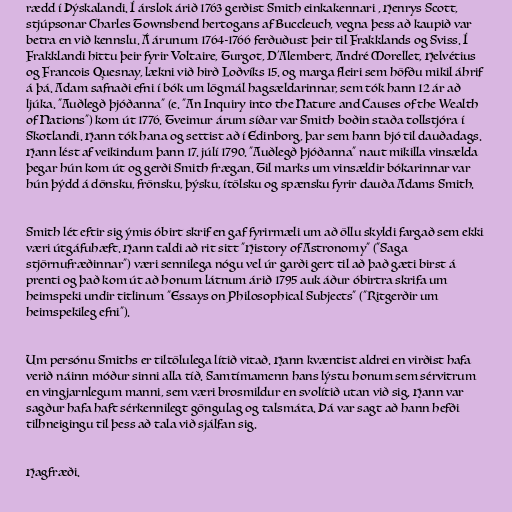
rædd í Þýskalandi. Í árslok árið 1763 gerðist Smith einkakennari , Henrys Scott,
stjúpsonar Charles Townshend hertogans af Buccleuch, vegna þess að kaupið var
betra en við kennslu. Á árunum 1764-1766 ferðuðust þeir til Frakklands og Sviss. Í
Frakklandi hittu þeir fyrir Voltaire, Turgot, D'Alembert, André Morellet, Helvétius
og Francois Quesnay, lækni við hirð Loðvíks 15. og marga fleiri sem höfðu mikil áhrif
á þá. Adam safnaði efni í bók um lögmál hagsældarinnar, sem tók hann 12 ár að
ljúka. "Auðlegð þjóðanna" (e. "An Inquiry into the Nature and Causes of the Wealth
of Nations") kom út 1776. Tveimur árum síðar var Smith boðin staða tollstjóra í
Skotlandi. Hann tók hana og settist að í Edinborg, þar sem hann bjó til dauðadags.
Hann lést af veikindum þann 17. júlí 1790. "Auðlegð þjóðanna" naut mikilla vinsælda
þegar hún kom út og gerði Smith frægan. Til marks um vinsældir bókarinnar var
hún þýdd á dönsku, frönsku, þýsku, ítölsku og spænsku fyrir dauða Adams Smith.

Smith lét eftir sig ýmis óbirt skrif en gaf fyrirmæli um að öllu skyldi fargað sem ekki
væri útgáfuhæft. Hann taldi að rit sitt "History of Astronomy" ("Saga
stjörnufræðinnar") væri sennilega nógu vel úr garði gert til að það gæti birst á
prenti og það kom út að honum látnum árið 1795 auk áður óbirtra skrifa um
heimspeki undir titlinum "Essays on Philosophical Subjects" ("Ritgerðir um
heimspekileg efni").

Um persónu Smiths er tiltölulega lítið vitað. Hann kvæntist aldrei en virðist hafa
verið náinn móður sinni alla tíð. Samtímamenn hans lýstu honum sem sérvitrum
en vingjarnlegum manni, sem væri brosmildur en svolítið utan við sig. Hann var
sagður hafa haft sérkennilegt göngulag og talsmáta. Þá var sagt að hann hefði
tilhneigingu til þess að tala við sjálfan sig.

Hagfræði.